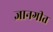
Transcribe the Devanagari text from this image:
ज्ञानगीत